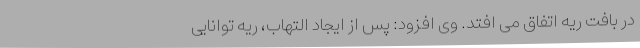
در بافت ریه اتفاق می افتد. وی افزود: پس از ایجاد التهاب، ریه توانایی